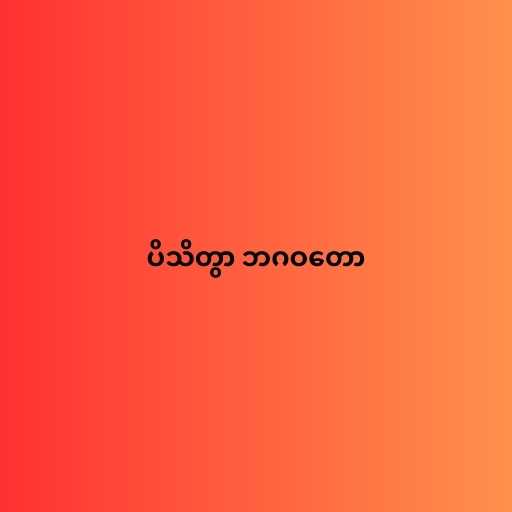
ပိသိတွာ ဘဂဝတော